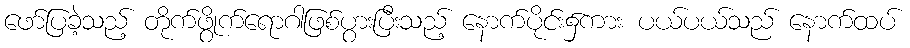
ဖော်ပြခဲ့သည့် တိုက်ဖွိုက်ရောဂါဖြစ်ပွားပြီးသည့် နောက်ပိုင်း၌ကား ပယ်ပယ်သည် နောက်ထပ်